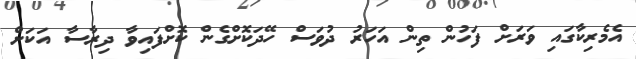
އެމެރިކާގައި ވަރަށް ފަހުން ތިން އަހަރު ދުވަސް ހޭދަކޮށްގެން ކޮށްފައިވާ ދިރާސާ އަކަށް